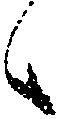
候